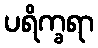
ပရိက္ခရာ